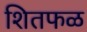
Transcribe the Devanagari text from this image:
शितफळ